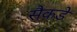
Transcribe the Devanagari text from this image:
सैकडे